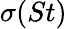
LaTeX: \sigma(St)